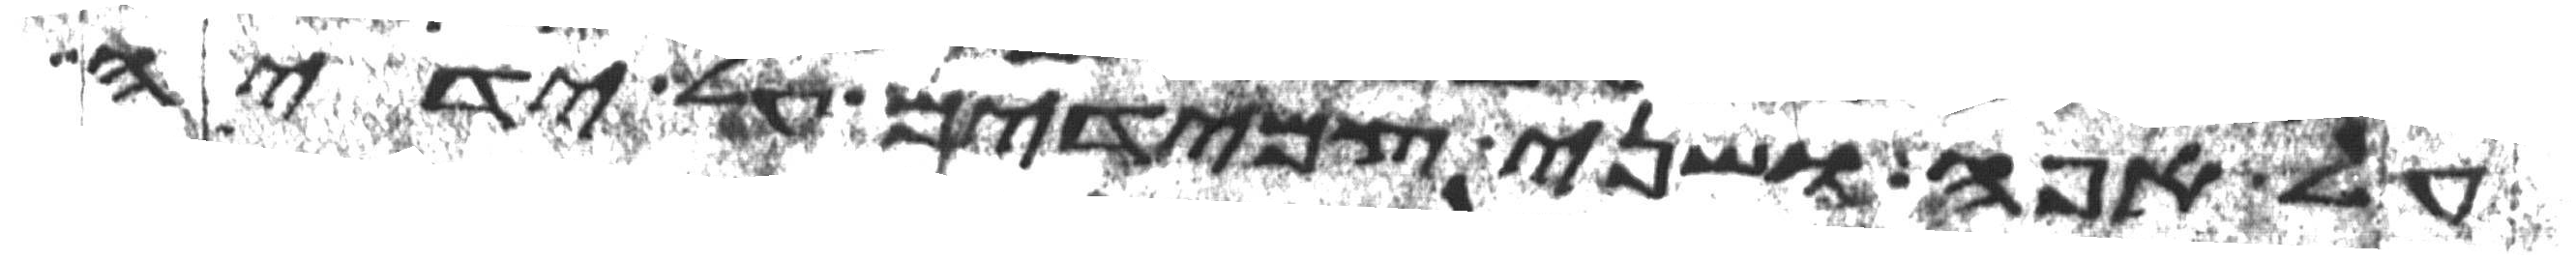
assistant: על אפה ושני צמידים על ידיה